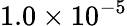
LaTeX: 1.0\times 10^{-5}